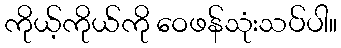
ကိုယ့်ကိုယ်ကို ဝေဖန်သုံးသပ်ပါ။